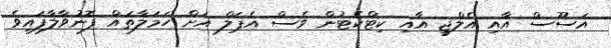
އަސޫސް އާއި އެލްޖީ އާއި ކިޓްކެޓުން ވެސް އެޕަލް އަށް ހަމަލާތައް ފޮނުވާލާފައިވެ